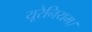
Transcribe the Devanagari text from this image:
यूरेनियम।